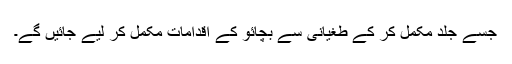
جسے جلد مکمل کر کے طغیانی سے بچائو کے اقدامات مکمل کر لیے جائیں گے۔